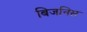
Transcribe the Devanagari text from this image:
बिजनिस